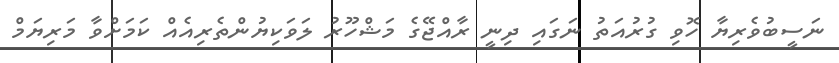
ނަސީބުވެރިޔާ ހޮވި ގުރުއަތު ނަގައި ދިނީ ރާއްޖޭގެ މަޝްހޫރު ލަވަކިޔުންތެރިއެއް ކަމަށްވާ މަރިޔަމް